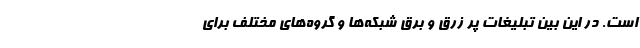
است. در این بین تبلیغات پر زرق و برق شبکه‌ها و گروه‌های مختلف برای